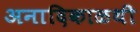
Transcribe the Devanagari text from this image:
अनादिकाळथी